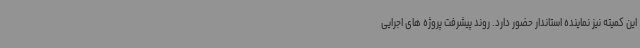
این کمیته نیز نماینده استاندار حضور دارد. روند پیشرفت پروژه های اجرایی